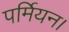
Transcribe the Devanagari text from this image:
पर्मियन।